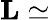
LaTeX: \mathbf{L}\simeq